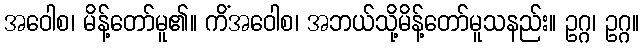
အဝေါစ၊ မိန့်တော်မူ၏။ ကိံအဝေါစ၊ အဘယ်သို့မိန့်တော်မူသနည်း။ ဥဂ္ဂ၊ ဥဂ္ဂ။